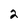
Character: 2